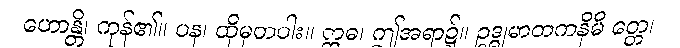
ဟောန္တိ၊ ကုန်၏။ ပန၊ ထိုမှတပါး။ ဣဓ၊ ဤအရာ၌။ ဥဒ္ဓုမာတကနိမိ တ္တေ၊